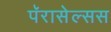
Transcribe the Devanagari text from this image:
पॅरासेल्सस